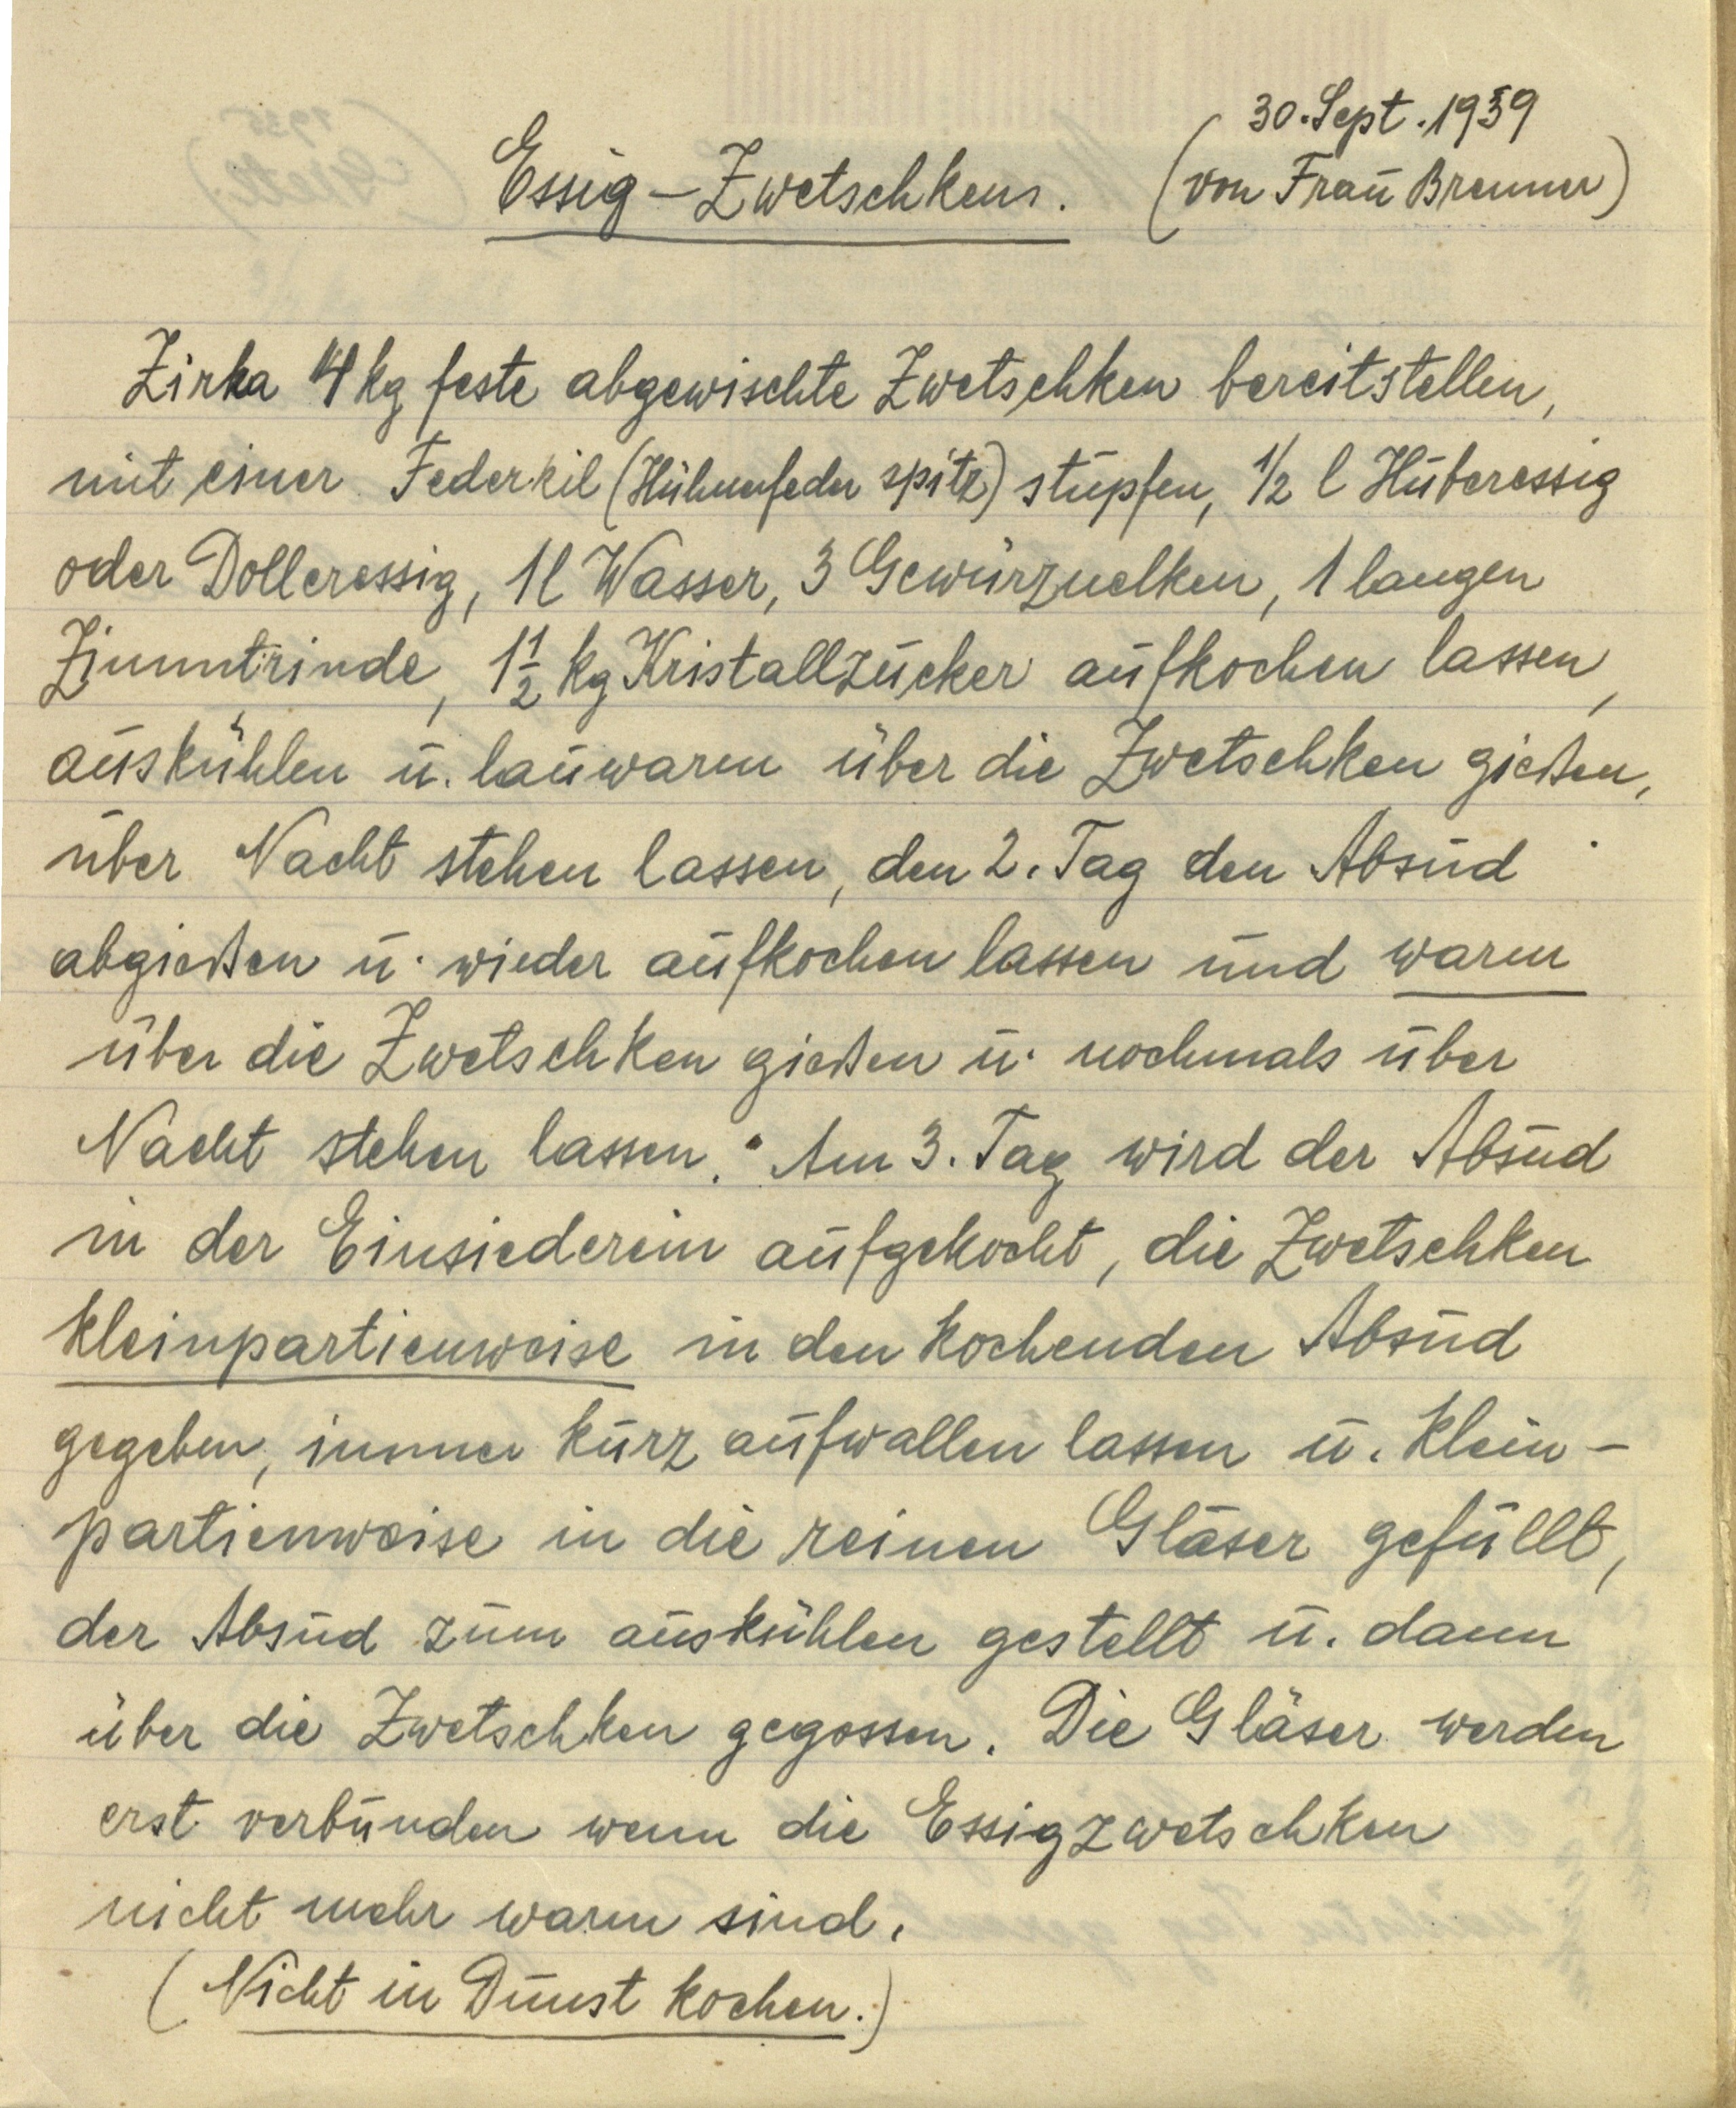
30. Sept. 1959
Essig–Zwetschken. (von Frau Brenner)
Zirka 4 kg feste abgewischte Zwetschken bereitstellen,
mit einer Federkil (Hühnerfeder spitz) stupfen, ½ l Hüberessig
oder Dolleressig, 1 l Wasser, 3 Gewürznelken, 1 langen
Zimmtrinde, 1½ kg Kristallzucker aufkochen lassen,
auskühlen u. lauwarm über die Zwetschken gießen,
über Nacht stehen lassen, den 2. Tag den Absud
abgießen u. wieder aufkochen lassen und warm
über die Zwetschken gießen u. nochmals über
Nacht stehen lassen. Am 3. Tag wird der Absud
in der Einsiederein aufgekocht, die Zwetschken
kleinpartienweise in den kochenden Absud
ggeben, immer kurz aufwallen lassen u. klein¬
partienweise in die reinen Gläser gefüllt,
der Absud zum auskühlen gestellt u. dann
über die Zwetschken gegossen. Die Gläser werden
erst verbunden wenn die Essigzwetschken
nicht mehr warm sind.
(Nicht in Dunst kochen.)